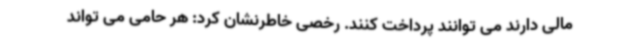
مالی دارند می توانند پرداخت کنند. رخصی خاطرنشان کرد: هر حامی می تواند